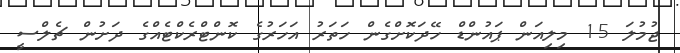
ޖުމުލަ 15 މިލިއަން ޕައުންޑް ހޭދަކޮށްގެން ހަތަރު އަހަރުގެ ކޮންޓްރެކްޓެއްގެ ދަށުން ޗެލްސީ